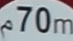
70m